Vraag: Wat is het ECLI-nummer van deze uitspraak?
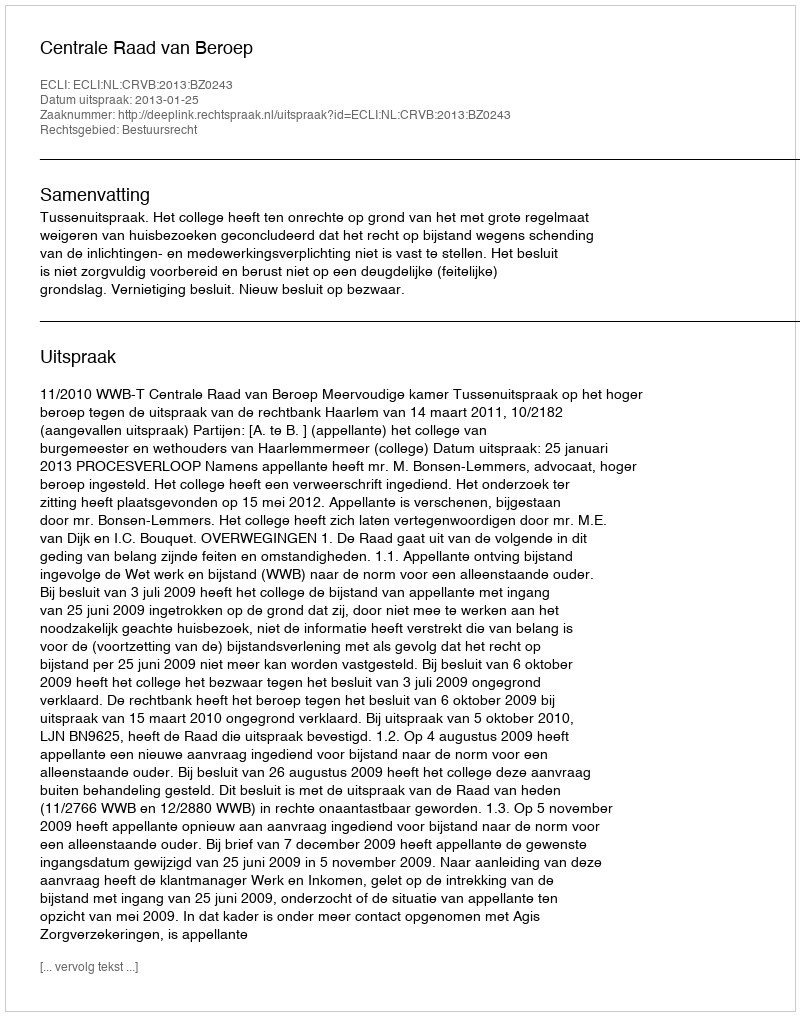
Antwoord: ECLI:NL:CRVB:2013:BZ0243